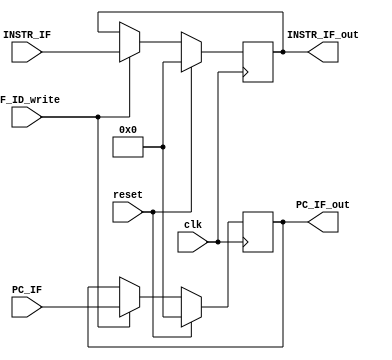
`timescale 1ns / 1ps
//////////////////////////////////////////////////////////////////////////////////
// Company: 
// Engineer: 
// 
// Design Name: 
// Module Name: IF_ID_PIPE
// Project Name: 
// Target Devices: 
// Tool Versions: 
// Description: 
// 
// Dependencies: 
// 
// Revision:
// Revision 0.01 - File Created
// Additional Comments:
// 
//////////////////////////////////////////////////////////////////////////////////


module IF_ID_PIPE(input clk,  input reset, input IF_ID_write, input [31:0] PC_IF, INSTR_IF, 
                output reg [31:0] PC_IF_out, INSTR_IF_out);

   always@(posedge clk) begin
        if (reset == 1) begin
            PC_IF_out = 0;
            INSTR_IF_out = 0;
        end
        else if (IF_ID_write == 1) begin
            PC_IF_out = PC_IF;
            INSTR_IF_out = INSTR_IF;
        end
    end
endmodule